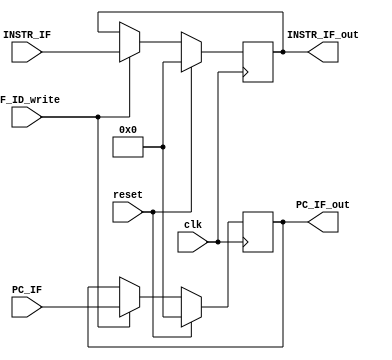
`timescale 1ns / 1ps
//////////////////////////////////////////////////////////////////////////////////
// Company: 
// Engineer: 
// 
// Design Name: 
// Module Name: IF_ID_PIPE
// Project Name: 
// Target Devices: 
// Tool Versions: 
// Description: 
// 
// Dependencies: 
// 
// Revision:
// Revision 0.01 - File Created
// Additional Comments:
// 
//////////////////////////////////////////////////////////////////////////////////


module IF_ID_PIPE(input clk,  input reset, input IF_ID_write, input [31:0] PC_IF, INSTR_IF, 
                output reg [31:0] PC_IF_out, INSTR_IF_out);

   always@(posedge clk) begin
        if (reset == 1) begin
            PC_IF_out = 0;
            INSTR_IF_out = 0;
        end
        else if (IF_ID_write == 1) begin
            PC_IF_out = PC_IF;
            INSTR_IF_out = INSTR_IF;
        end
    end
endmodule